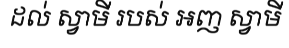
ដល់ ស្វាមី របស់ អញ ស្វាមី